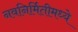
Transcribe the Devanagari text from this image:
नवनिर्मितीमध्‍ये